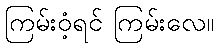
ကြမ်းဝံ့ရင် ကြမ်းလေ။